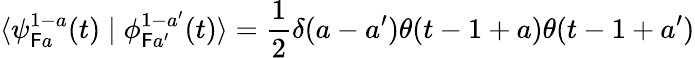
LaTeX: \langle\psi_{\mathsf{F}a}^{1-a}(t)\mid\phi_{\mathsf{F}a^{\prime}}^{1-a^{\prime}}(t)\rangle=\frac{{1}}{{2}}\delta(a-a^{\prime})\theta(t-1+a)\theta(t-1+a^{\prime})